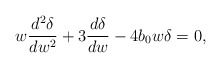
\begin{align*}w\frac{d^2 \delta}{d w^2}+3\frac{d\delta}{dw}-4 b_{0}w \delta=0,\end{align*}